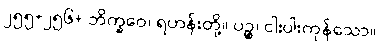
၂၅၅+၂၅၆+ ဘိက္ခဝေ၊ ရဟန်းတို့။ ပဉ္စ၊ ငါးပါးကုန်သော။